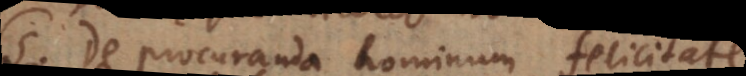
5) De procuranda hominum felicitate.